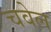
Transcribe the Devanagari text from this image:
चवेल